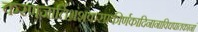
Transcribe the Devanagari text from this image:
करणजातिभ्रंशकरप्रकीर्णकादिनानाविधपातकानां